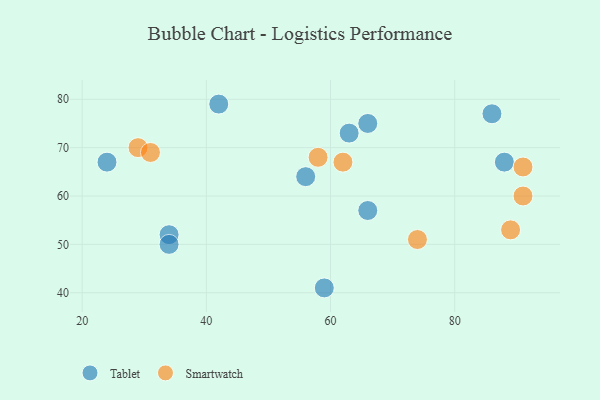
{"axis": {"x": "GDP", "y": "Life Expectancy"}, "legend": ["Smartwatch", "Tablet"], "data": [{"x": "56", "y": 64, "type": "Tablet"}, {"x": "34", "y": 52, "type": "Tablet"}, {"x": "86", "y": 77, "type": "Tablet"}, {"x": "66", "y": 57, "type": "Tablet"}, {"x": "42", "y": 79, "type": "Tablet"}, {"x": "24", "y": 67, "type": "Tablet"}, {"x": "63", "y": 73, "type": "Tablet"}, {"x": "66", "y": 75, "type": "Tablet"}, {"x": "88", "y": 67, "type": "Tablet"}, {"x": "34", "y": 50, "type": "Tablet"}, {"x": "59", "y": 41, "type": "Tablet"}, {"x": "74", "y": 51, "type": "Smartwatch"}, {"x": "58", "y": 68, "type": "Smartwatch"}, {"x": "62", "y": 67, "type": "Smartwatch"}, {"x": "29", "y": 70, "type": "Smartwatch"}, {"x": "91", "y": 66, "type": "Smartwatch"}, {"x": "91", "y": 60, "type": "Smartwatch"}, {"x": "89", "y": 53, "type": "Smartwatch"}, {"x": "31", "y": 69, "type": "Smartwatch"}]}